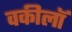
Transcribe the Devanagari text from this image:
वकीलॉ